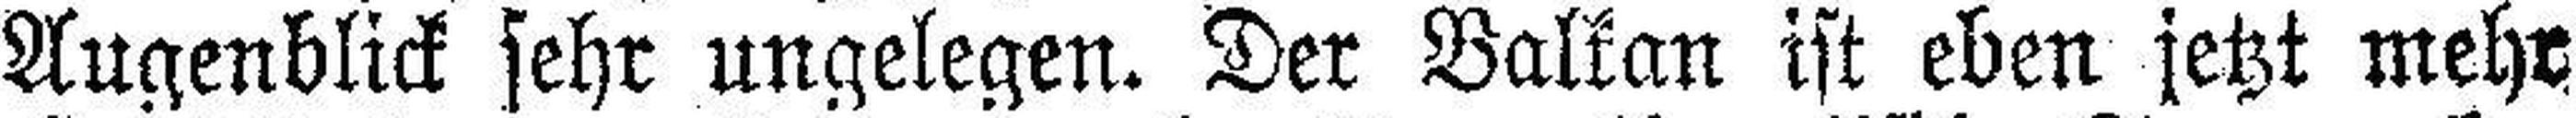
Augenblick sehr ungelegen. Der Balkan ist eben jetzt mehr